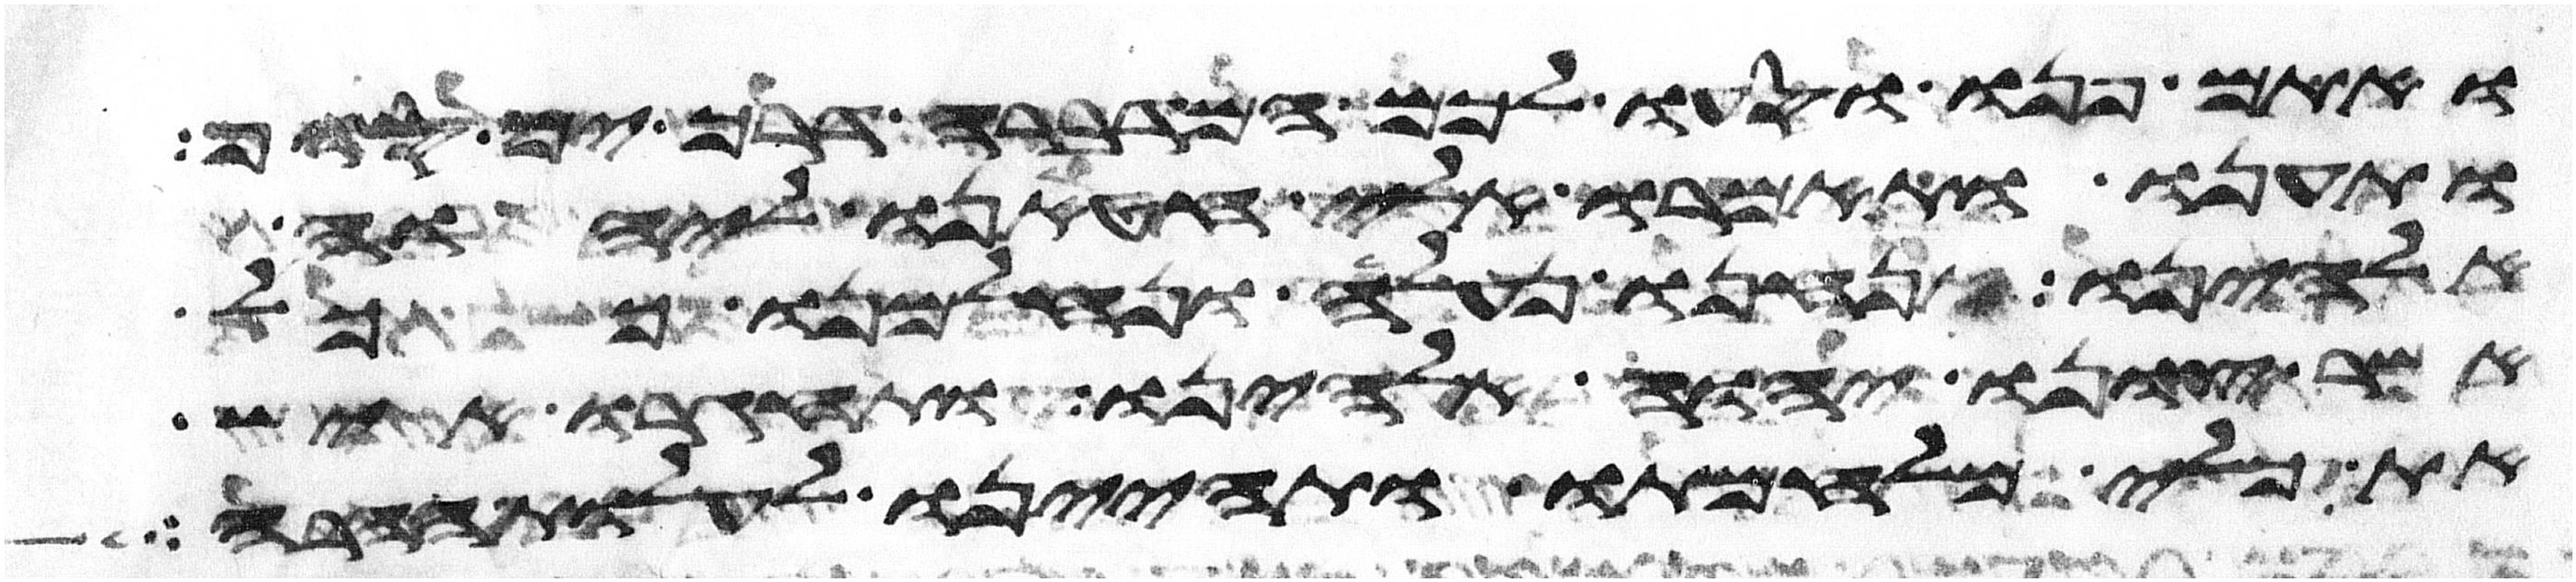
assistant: ואתם פנו וסעו לכם המדברה דרך ים סוף
ותענו ותאמרו אלי חטאנו ליהוה
אלהינו אנחנו נעלה ונלחמנו ככל
אשר צונו יהוה אלהינו ותחגרו איש
את כלי מלחמתו ותהיינו לעלות ההרה